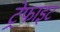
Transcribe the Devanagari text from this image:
ट्रेफाइट